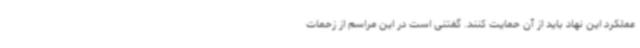
عملکرد این نهاد باید از آن حمایت کنند. گفتنی است در این مراسم از زحمات